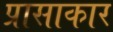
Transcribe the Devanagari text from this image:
प्रासाकार